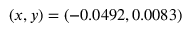
( x , y ) = ( - 0 . 0 4 9 2 , 0 . 0 0 8 3 )